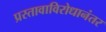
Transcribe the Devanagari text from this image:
प्रस्तावाविरोधानंतर